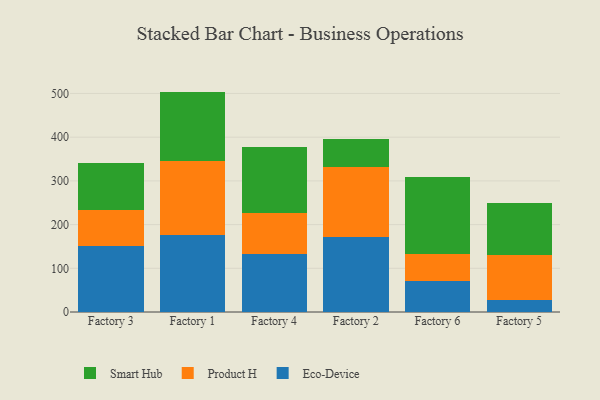
{"axis": {"x": "Factory", "y": "Net Income (USD K)"}, "legend": ["Eco-Device", "Product H", "Smart Hub"], "data": [{"x": "Factory 3", "y": 151.5, "type": "Eco-Device"}, {"x": "Factory 3", "y": 80.9, "type": "Product H"}, {"x": "Factory 3", "y": 108.9, "type": "Smart Hub"}, {"x": "Factory 1", "y": 176.9, "type": "Eco-Device"}, {"x": "Factory 1", "y": 168.7, "type": "Product H"}, {"x": "Factory 1", "y": 158.7, "type": "Smart Hub"}, {"x": "Factory 4", "y": 132.0, "type": "Eco-Device"}, {"x": "Factory 4", "y": 95.4, "type": "Product H"}, {"x": "Factory 4", "y": 149.5, "type": "Smart Hub"}, {"x": "Factory 2", "y": 170.5, "type": "Eco-Device"}, {"x": "Factory 2", "y": 161.9, "type": "Product H"}, {"x": "Factory 2", "y": 63.6, "type": "Smart Hub"}, {"x": "Factory 6", "y": 70.9, "type": "Eco-Device"}, {"x": "Factory 6", "y": 62.6, "type": "Product H"}, {"x": "Factory 6", "y": 175.1, "type": "Smart Hub"}, {"x": "Factory 5", "y": 26.6, "type": "Eco-Device"}, {"x": "Factory 5", "y": 103.5, "type": "Product H"}, {"x": "Factory 5", "y": 118.7, "type": "Smart Hub"}]}